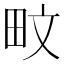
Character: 𪽌